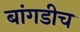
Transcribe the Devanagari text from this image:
बांगडीच